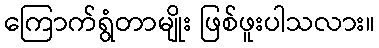
ကြောက်ရွံတာမျိုး ဖြစ်ဖူးပါသလား။